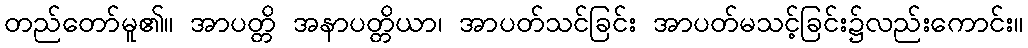
တည်တော်မူ၏။ အာပတ္တိ အနာပတ္တိယာ၊ အာပတ်သင်ခြင်း အာပတ်မသင့်ခြင်း၌လည်းကောင်း။